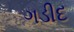
ગડીદ